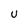
Character: U